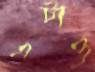
এটাও